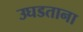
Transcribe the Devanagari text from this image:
उघडताना